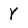
Character: Y